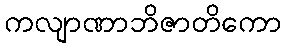
ကလျာဏာဘိဇာတိကော